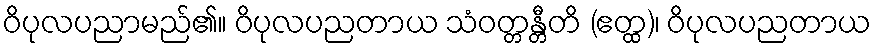
ဝိပုလပညာမည်၏။ ဝိပုလပညတာယ သံဝတ္တန္တီတိ (ဧတ္ထ)၊ ဝိပုလပညတာယ